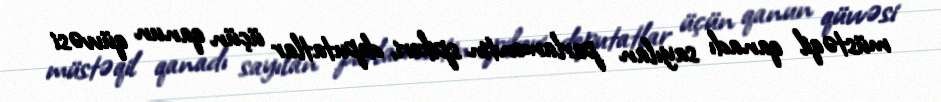
müstəqil qanadı sayılan parlamentin spikeri, deputatlar üçün qanun qüvvəsi